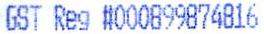
GST REG #000899874816